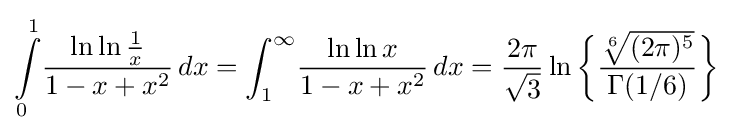
\int \limits _{0}^{1}\!{\frac {\ln \ln {\frac {1}{x}}}{1-x+x^{2}}}\,dx=\int _{1}^{\infty }\!{\frac {\ln \ln {x}}{1-x+x^{2}}}\,dx={\frac {2\pi }{\sqrt {3}}}\ln {\biggl \{}{\frac {\sqrt[{6}]{(2\pi )^{5}}}{\Gamma {(1/6)}}}{\biggr \}}